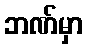
ဘဏ်မှာ